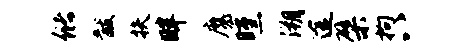
储黻扶畔魔曛溯途檗拘八